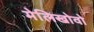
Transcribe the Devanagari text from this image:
मेलिखोवो